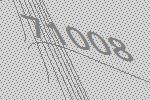
71008